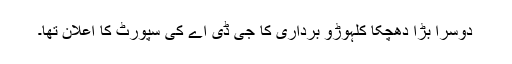
دوسرا بڑا دھچکا کلہوڑو برداری کا جی ڈی اے کی سپورٹ کا اعلان تھا۔